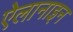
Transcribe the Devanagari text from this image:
ऐलानाइन